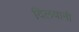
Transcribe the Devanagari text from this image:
दिलवानी